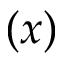
( x )